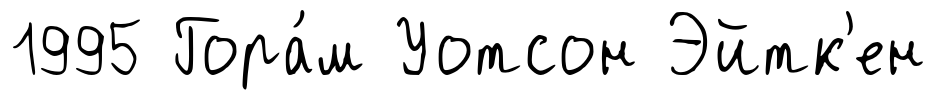
1995 Гора́м Уотсон Эйтк'ен